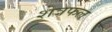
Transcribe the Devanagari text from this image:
शेत्रफल